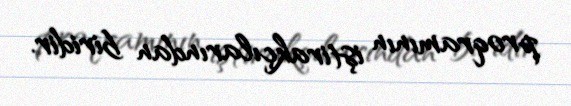
proqramının iştirakçılarından biridir.